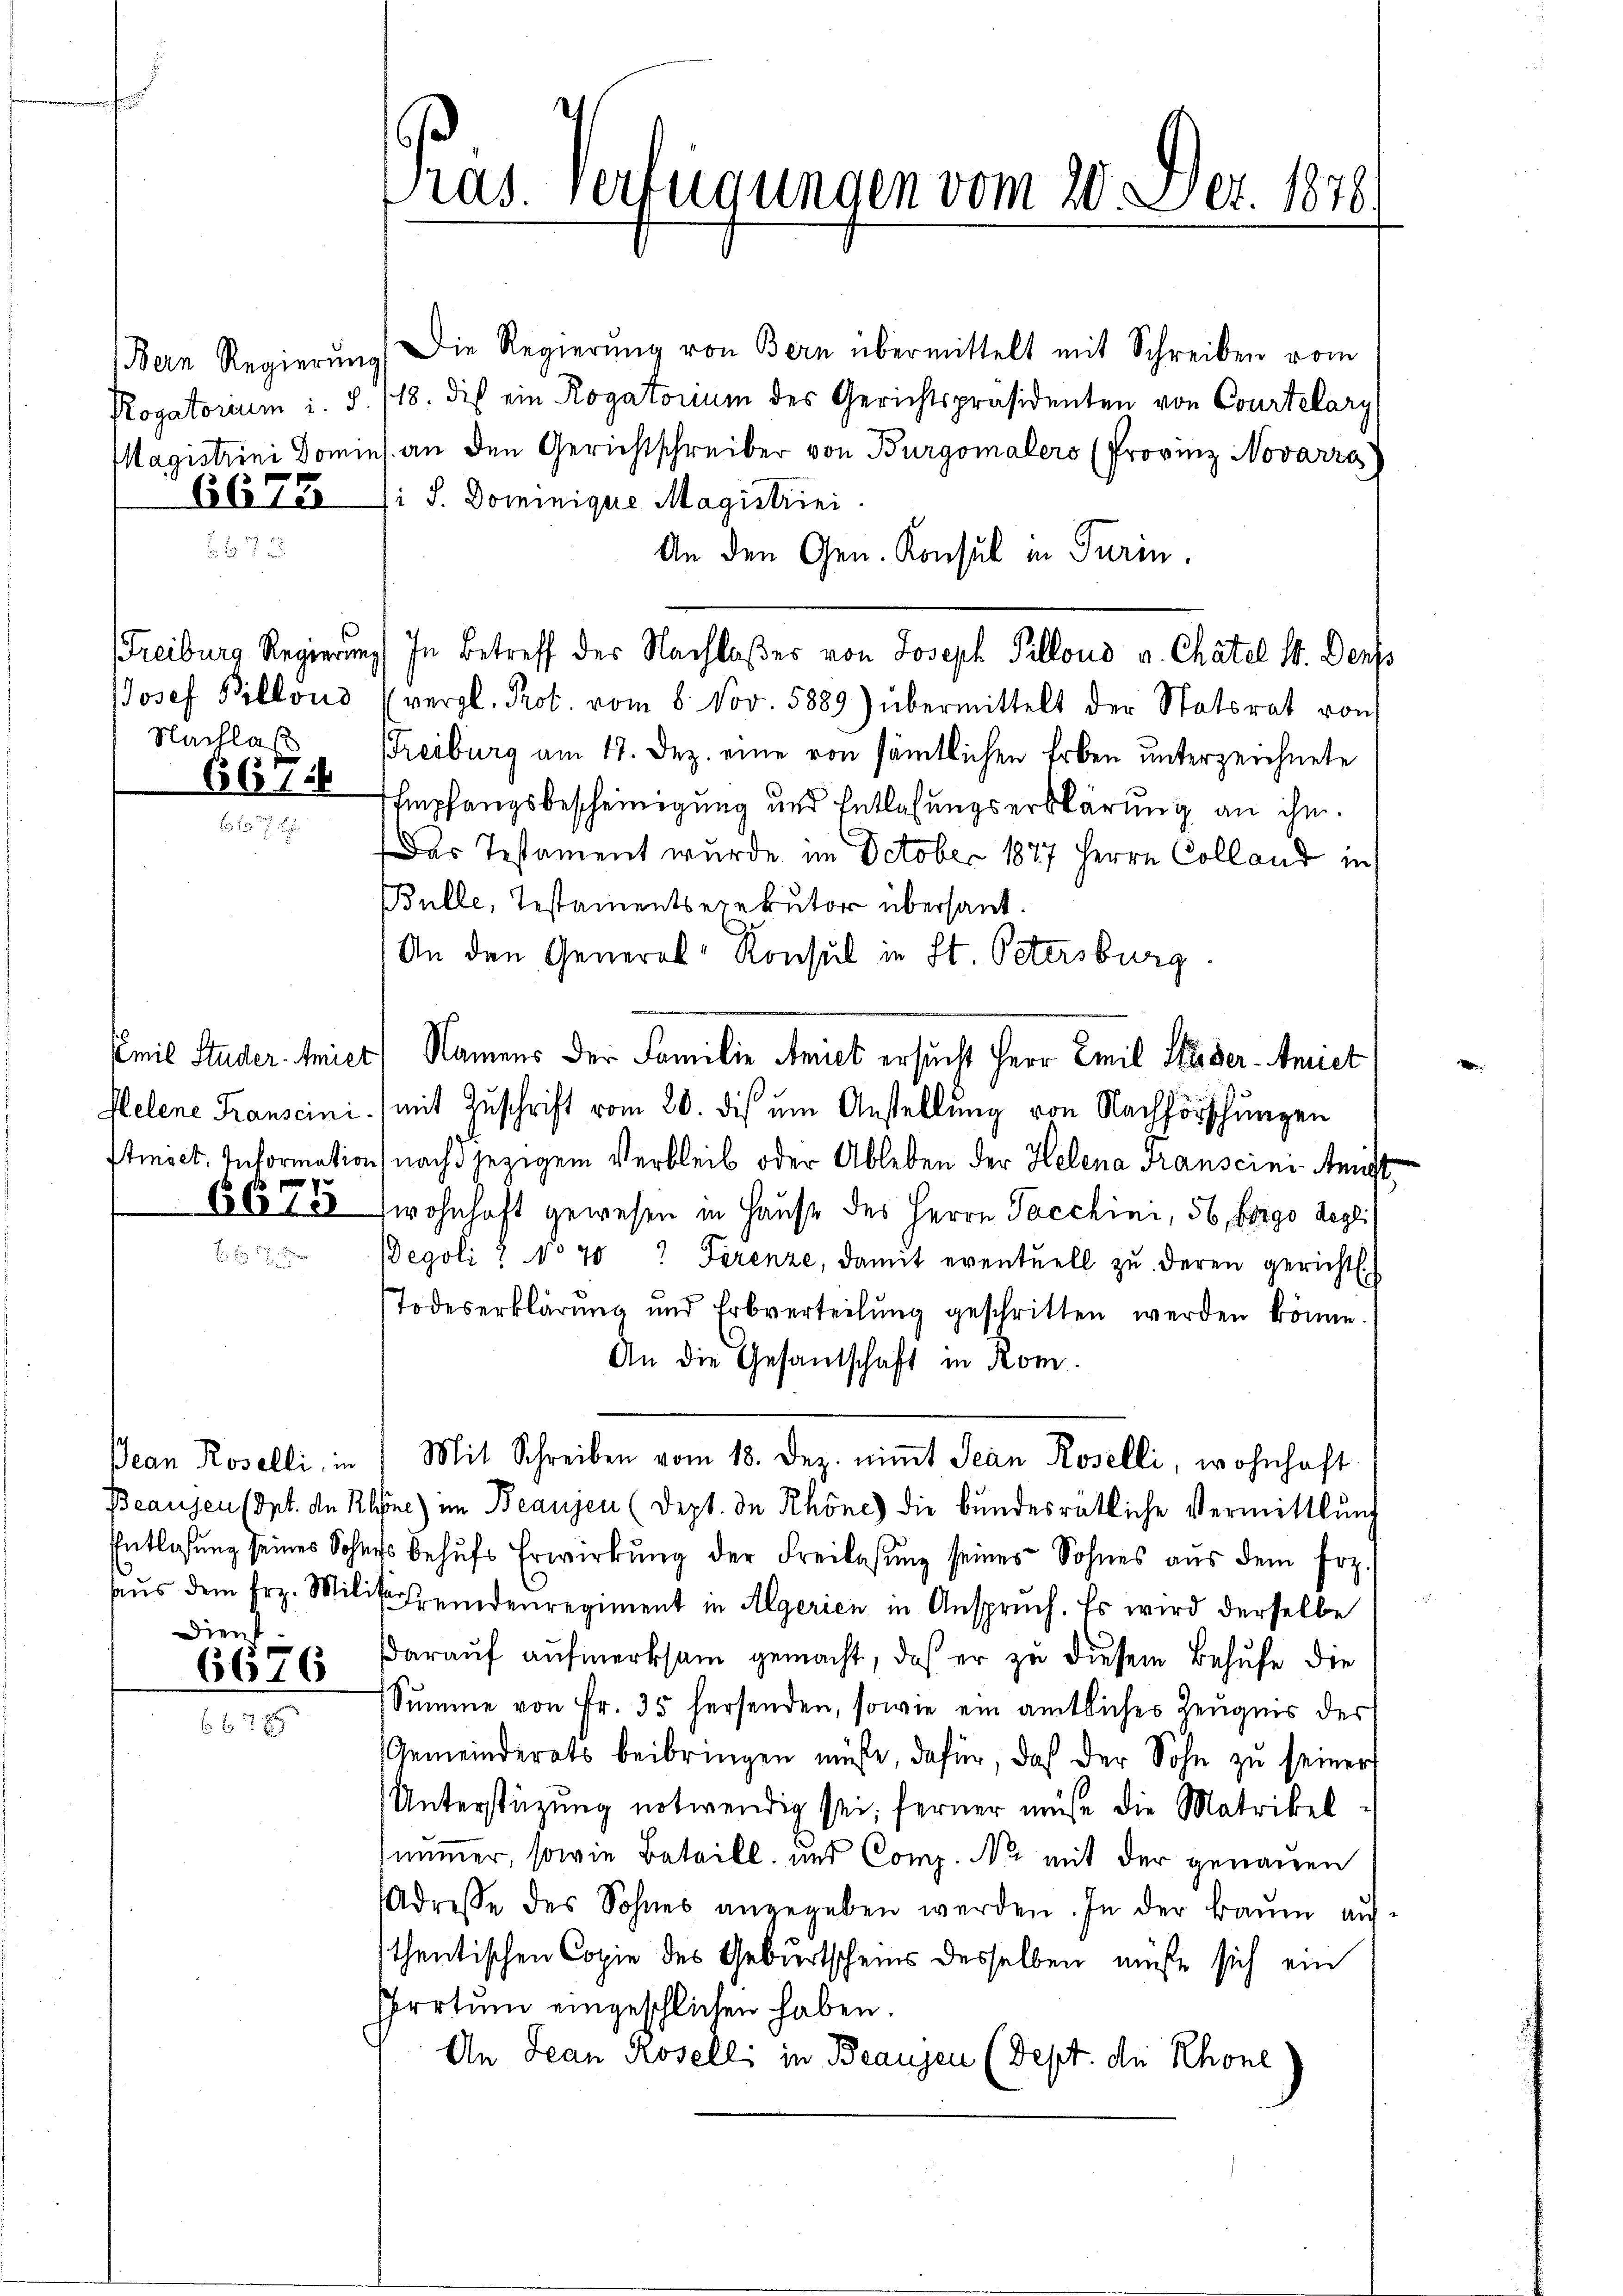
6675.

Nachlaß

66156

dient

6676

Bern Regierŭng die Regierŭng von Bern übermittelt mit Schreiben vom
Rogatorium i. S. 118. dies ein Rogatorium des Gerichtspräsidenten von Courtelary
Magistrini Domins an den Gerichtschreiber von Burgomalers (Provinz Novarza
li S. Dominigere Magistrini
An den Gen. Konsul in Turin.
JJosef Pilloud (vergl. Prot. vom 8. Nov. 5889) übermittelt der Statsrat von
Freiburg am 17. Dez. eine von sämtlichen Erben unterzeichnete
Empfangsbescheinigung und Entlassungserklärung an ihn.
Das Testament wurde im October 1847 Herrn Colland in
Bulle, Testamentsexekutor übersant.
An den General-Konsul in St. Petersburg.
Emil Studer Miet) Namens der Familie Amiet ersucht Herr Emil Sieder-Amiet
Helene Transcini (mit Zuschrift vom 20. dis um Anstellung von Nachforschungen
Stiiet. Information nachdjezigem Verbleib oder Ableben der Helena Franscini-Amist¬
66108 wohnhaft gewesen in Hause des Herrn Jacchini, 56, bergo degli
Degoli 2 No 70. Ferenze, damit eventuell zŭ deren gericht.
Todeserklärung und Erbverteilŭng geschritten werden könne.
An die Gesandschaft in Rom.
Jean Roselli, in Mit Schreiben vom 18. Dez. niṁt Jean Roselli, wohnhaft
Beausen (Art. de Rhone) im Beaujen (Dept. de Rhöne die bundesrätliche Vermittlung
Entlassŭng seines Sohnes behŭfs Erwirkŭng der Freilasŭng seines Sohnes aŭs dem frz.
haŭs dem frz. Milit fremdenregiment in Algerien in Anspruch. Es wird derselbe
darauf aufmerksam gemacht, daß er zu diesem Behufe die
Sŭmme von Fr. 35 hersenden, sowie ein amtliches Zeugnis der
Gemeinderats beibringen müsse, dafür, daß der Sohn zu seiner
Unterstüzung notwendig sei; ferner müße die Matrikel
nummer, sowie Beteill und Comp. Na mit der genauen
Adresse des Sohnes angegeben werden. In der kaum aufthentischen Copie des Geburtscheins desselben müsse sich ein
Irrtum eingeschlichen haben.
An Jean Rosell; in Beaugen (Sept. die Rhone

Pras. Verfügungen vom 20. Dez. 1876.

Freiburg Regierung) In Betreff der Nachlaßes von Joseph Pillons a. Chatel 14. Ders